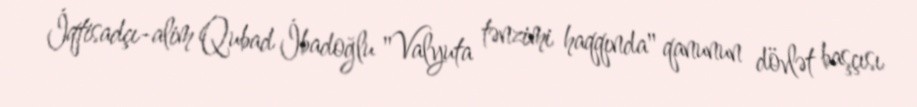
İqtisadçı-alim Qubad İbadoğlu "Valyuta tənzimi haqqında" qanunun dövlət başçısı